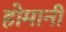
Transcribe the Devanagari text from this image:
होमानी